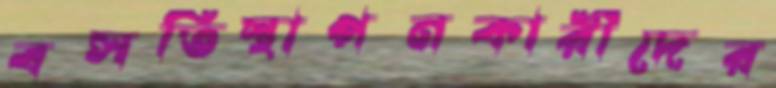
বসতিস্থাপনকারীদের